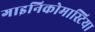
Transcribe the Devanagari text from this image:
गाइनिकोमास्टिया